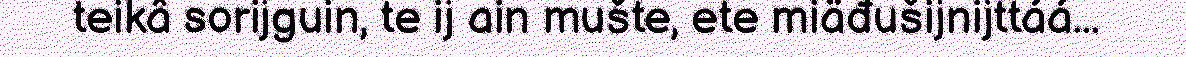
teikâ sorijguin, te ij ain mušte, ete miäđušijnijttáá...